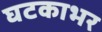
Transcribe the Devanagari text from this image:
घटकाभर